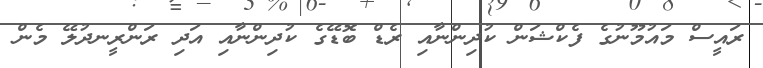
ރައީސް މައުމޫނުގެ ފެކްޝަން ކުދިންނާއި ރެޑް ބޮޑޭގެ ކުދިންނާއި އަދި ރަންރީނދުލޭ މެން